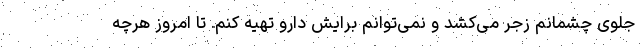
جلوی چشمانم زجر می‌کشد و نمی‌توانم برایش دارو تهیه کنم. تا امروز هرچه